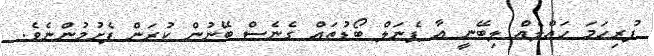
ފުރިހަމަ ހައްލެއް ލިބޭނީ އާ ޕެނަލް ބޯޑުތައް ގެނެސް ބޭނުން ކުރަން ފެށުމުންނެވެ.